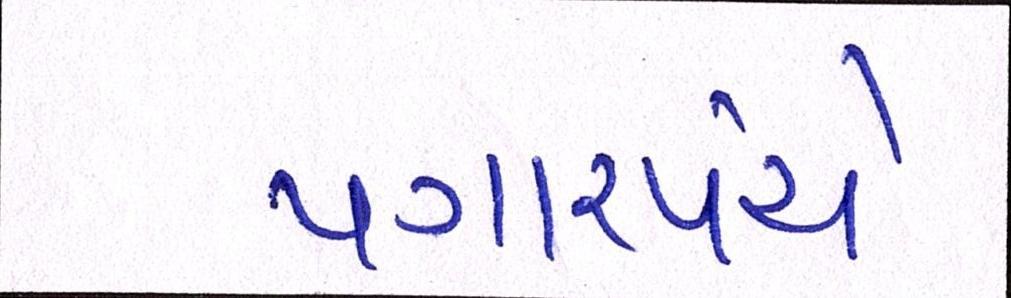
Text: પગારપંચે